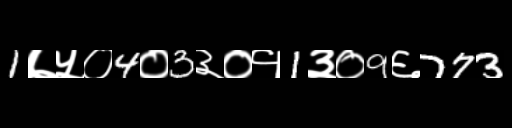
Text: 1७५०4०3३०१1३०9६773